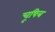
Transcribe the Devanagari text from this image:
चूषित्र